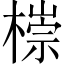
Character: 𣙩